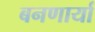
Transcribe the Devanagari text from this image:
बनणार्या